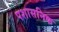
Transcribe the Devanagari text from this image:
पशासनिक